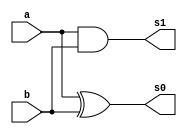
// ---------------------
// ---------------------
//  GUIA 05-Exercicio 03
//  CELSO R FRANA JR 404590 
// ---------------------

// ---------------------
// -- Meia-Soma
// ---------------------

module meiasoma (s0, s1, a, b);

 output s0,s1;
 input a, b;
 xor (s0,a,b);
 and (s1,a,b);
 
endmodule

// ---------------------
// -- SOMA COMPLETA
// ---------------------
module somaCompleta (s0, s1, a, b, c );

input a, b, c;
output s0, s1;

meiasoma HA1 (r,c1,a,b);
meiasoma HA2 (s0,c2,r,c);
or (s1,c2,c1);

endmodule

// ---------------------
// --Produto
// ---------------------
module produto (s0, cout, e0, e1, e2, e3, cin);

input e0, e1, e2, e3, cin;
output s0, cout;
and AND1 (p1,e0, e1);
and AND2 (p2,e2,e3);
somaCompleta soma (s0,cout,p1,p2,cin);

endmodule

// ---------------------
// --Produto Completo 2bits
// ---------------------
module produtoCompleto (s3, s2, s1, s0, a0, a1, b0, b1);

input a0, a1, b0, b1;
output s3, s2, s1, s0;
reg  p = 0;
produto P1 (s0,cout1,p,p,a0,b0,p);
produto P2 (s1,cout2,a0,b1,a1,b0,cout1);
produto P3 (s2,s3,a1,b1,p,p,cout2 );

endmodule



module testeProduto ( );

reg a0, a1, b0, b1;
wire s3, s2, s1, s0;

produtoCompleto Pt (s3, s2, s1, s0, a0, a1, b0, b1);

  
  initial begin:start
   a0=0; a1=0; b0=0; b1=0; 
  end

  initial begin: main
 
   $display("Exercicio 02");
   $display("Celso R Franca Jr - 404590");
   $display("\n  Produto");
	$display("aa - bb = ss");	
   $display("_________________\n");
	$monitor("%b%b - %b%b = %b%b%b%b",a1, a0, b1, b0, s3, s2, s1, s0 );
   
	 
   #1 a0=0; a1=0; b0=0; b1=0; 
	#1 a0=0; a1=0; b0=0; b1=1;
	#1 a0=0; a1=0; b0=1; b1=0;
	#1 a0=0; a1=0; b0=1; b1=1;
   #1 a0=0; a1=1; b0=0; b1=0;
	#1 a0=0; a1=1; b0=0; b1=1;
   #1 a0=0; a1=1; b0=1; b1=0; 
	#1 a0=0; a1=1; b0=1; b1=1;
   #1 a0=1; a1=0; b0=0; b1=0;
	#1 a0=1; a1=0; b0=0; b1=1;
   #1 a0=1; a1=0; b0=1; b1=0;
   #1 a0=1; a1=0; b0=1; b1=1;
	#1 a0=1; a1=1; b0=0; b1=0;
	#1 a0=1; a1=1; b0=0; b1=1;
	#1 a0=1; a1=1; b0=1; b1=0;
	#1 a0=1; a1=1; b0=1; b1=1;
	
   #1 $display("_________________");
    
  end
endmodule